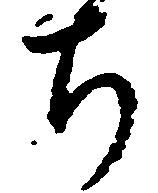
ち